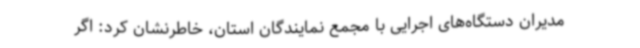
مدیران دستگاه‌های اجرایی با مجمع نمایندگان استان، خاطرنشان کرد: اگر